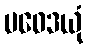
ပဝေဒယုံ